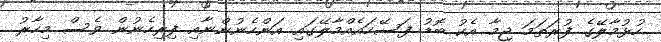
ހުޅުމާލޭގެ ފުރަތަމަ ޖިމާ އެކު ބޮޑު ފަސޭހައެއްމާލޭގައި އަންހެނުންނާއި ފިރިހެނުން ވެސް މިހާރު